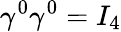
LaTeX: \gamma^{0}\gamma^{0}=I_{4}